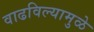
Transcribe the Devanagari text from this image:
वाढविल्यामुळे